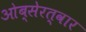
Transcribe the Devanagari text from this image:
ओब्सेरत्वार